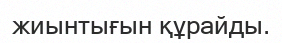
жиынтығын құрайды.